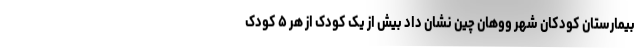
بیمارستان کودکان شهر ووهان چین نشان داد بیش از یک کودک از هر ۵ کودک